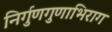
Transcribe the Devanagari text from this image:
निर्गुणगुणाभिराग